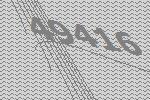
49416